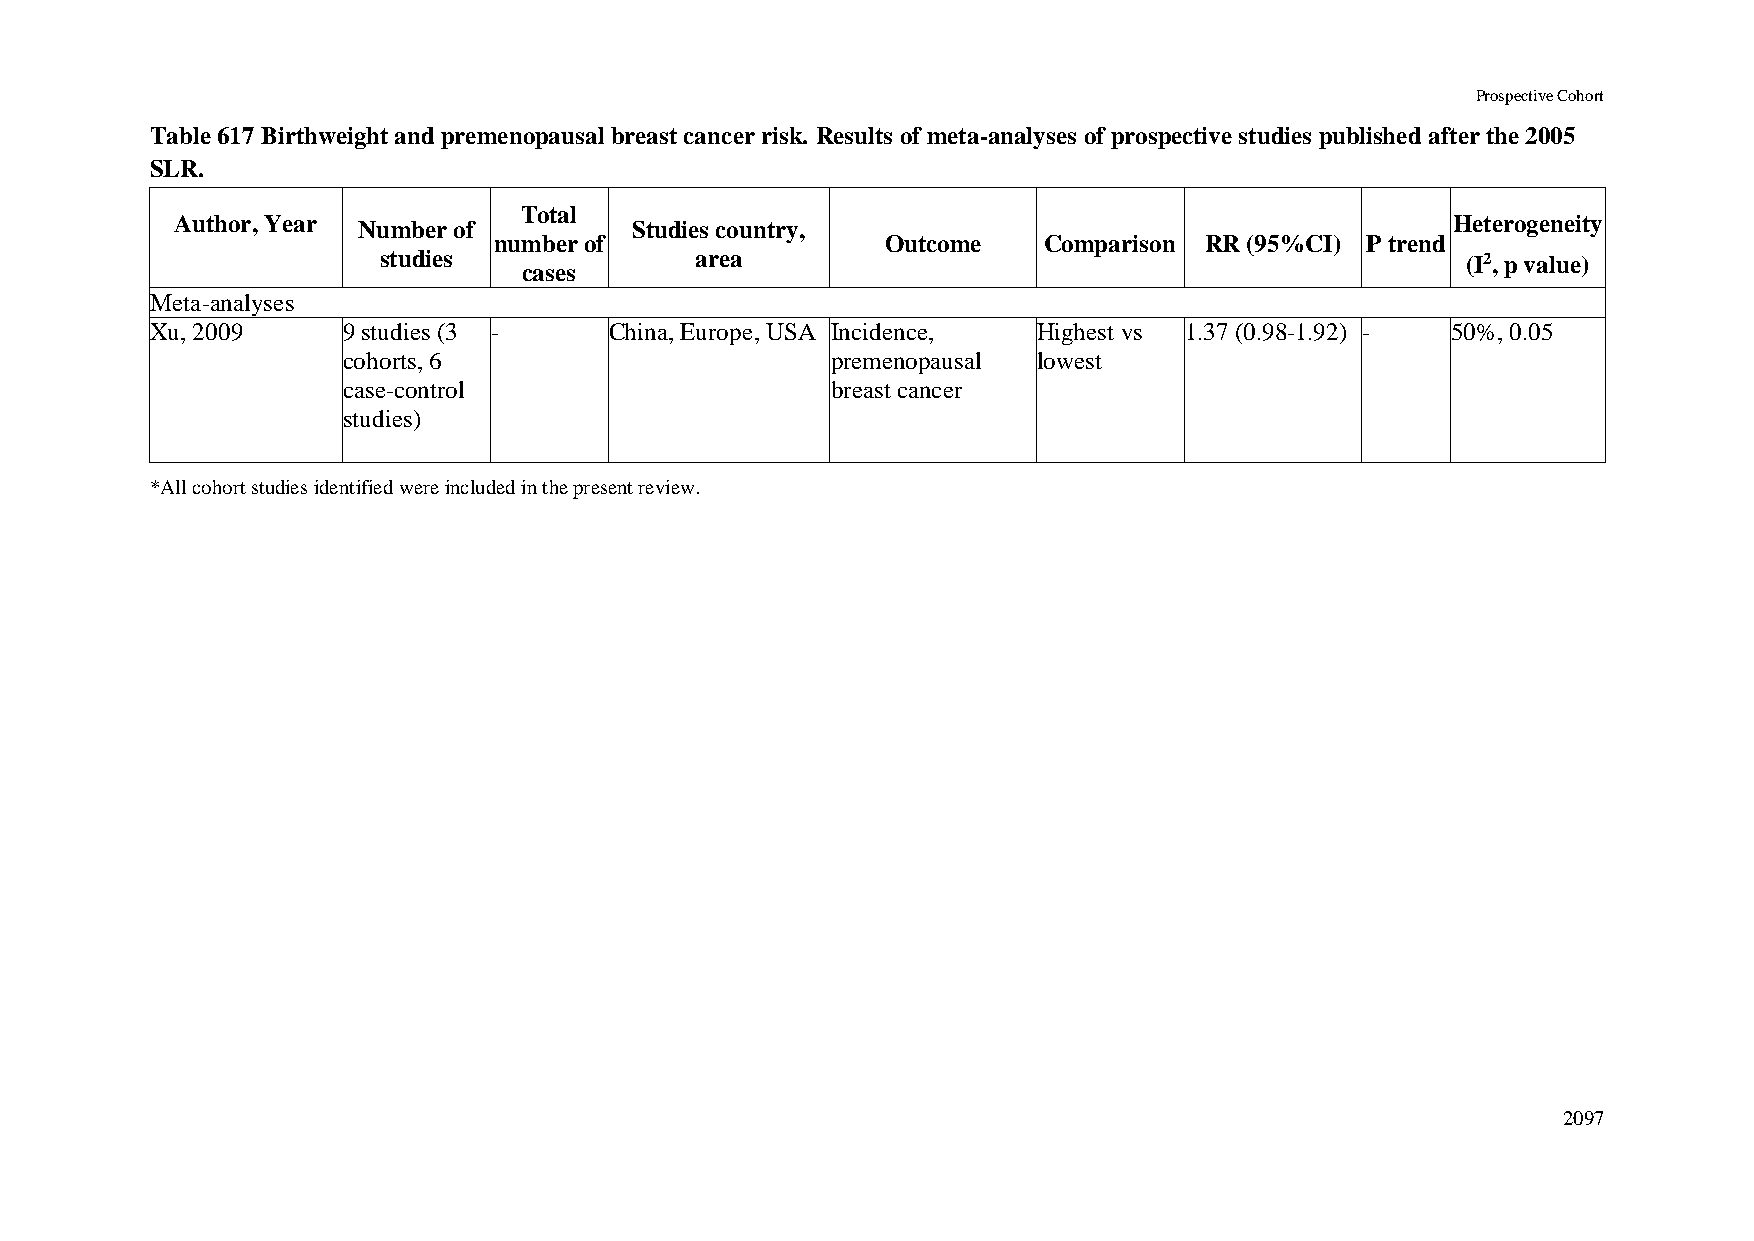
Prospective Cohort
 Table 617 Birthweight and premenopausal breast cancer risk. Results of meta-analyses of prospective studies published after the 2005
 SLR.
 Total
 Author, Year Number of        Studies country,                                      Heterogeneity
 number of                 Outcome   Comparison RR (95%CI) P trend
 studies              area                                               (I2, p value)
 cases
 Meta-analyses
 Xu, 2009     9 studies (3 -   China, Europe, USA Incidence, Highest vs 1.37 (0.98-1.92) - 50%, 0.05
 cohorts, 6                      premenopausal lowest
 case-control                    breast cancer
 studies)
 *All cohort studies identified were included in the present review.
 2097